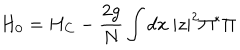
H _ { 0 } = H _ { C } - \frac { 2 g } { N } \int d x ~ | z | ^ { 2 } \Pi ^ { * } \Pi